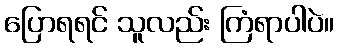
ပြောရရင် သူလည်း ကြံရာပါပဲ။